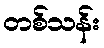
တစ်သန်း